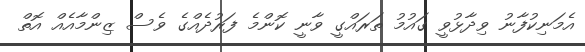
އެމަނިކުފާނު ވިދާޅުވީ ގައުމު ތަރައްގީ ވާނީ ކޮންމެ ފަރުދެއްގެ ވެސް ޒިންމާއެއް އޮތް